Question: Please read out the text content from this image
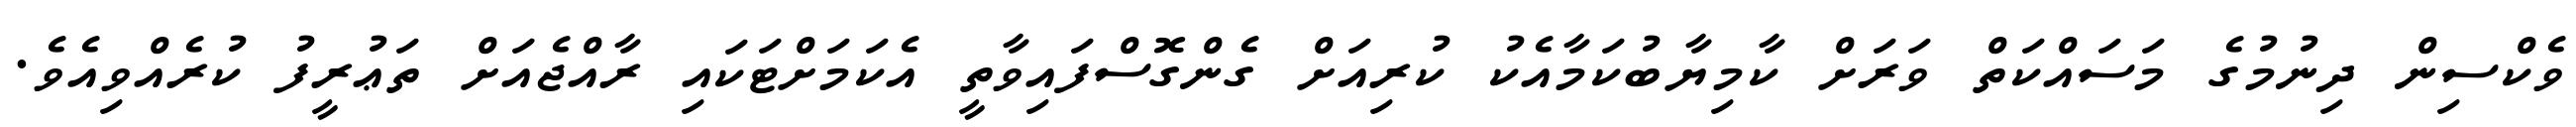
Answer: ވެކްސިން ދިނުމުގެ މަސައްކަތް ވަރަށް ކާމިޔާބުކަމާއެކު ކުރިއަށް ގެންގޮސްފައިވާތީ އެކަމަށްޓަކައި ރާއްޖެއަށް ތަޢުރީފު ކުރެއްވިއެވެ.